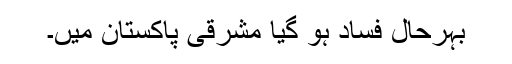
بہرحال فساد ہو گیا مشرقی پاکستان میں۔